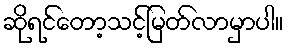
ဆိုရင်တော့သင့်မြတ်လာမှာပါ။